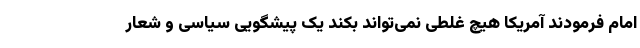
امام فرمودند آمریکا هیچ غلطی نمی‌تواند بکند یک پیشگویی سیاسی و شعار